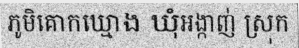
ភូមិគោកឃ្មោង ឃុំអង្កាញ់ ស្រុក